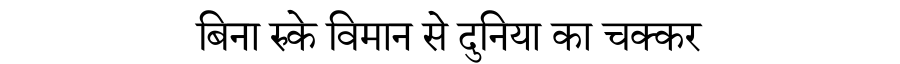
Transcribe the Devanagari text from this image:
बिना रुके विमान से दुनिया का चक्कर